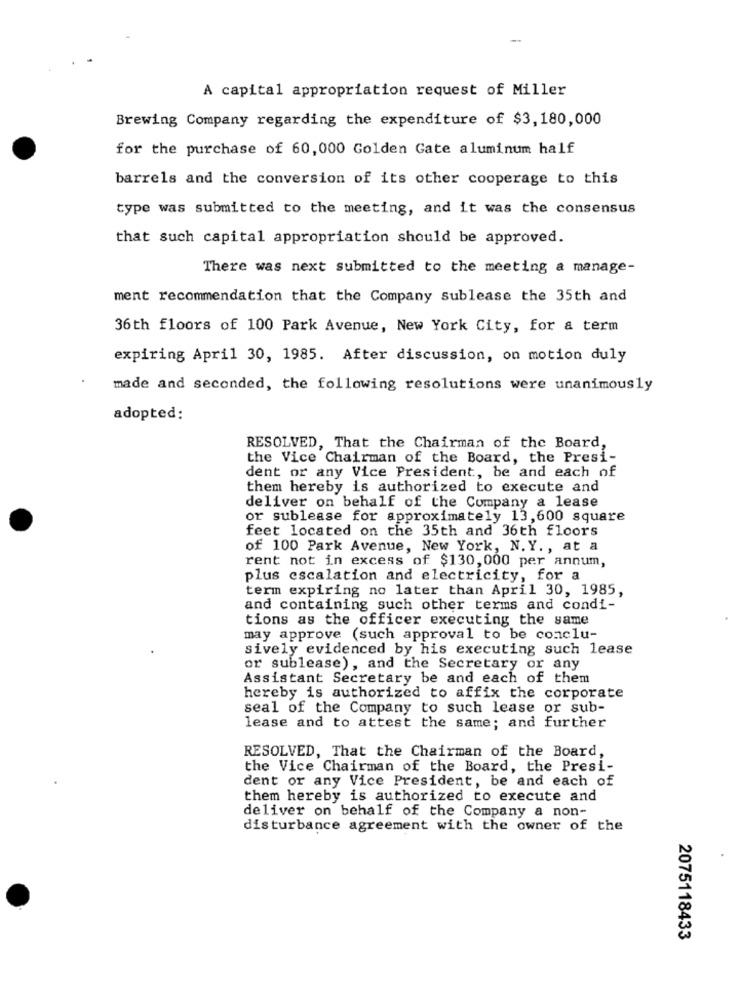
A capital appropriation request of Miller
Brewing Company regarding the expenditure of $3, 180,000
for the purchase of 60, 000 Golden Gate aluminum half
barrels and the conversion of its other cooperage to this
type was submitted to the meeting, and it was the consensus
that such capital appropriation should be approved.
There was next submitted to the meeting a manage-
ment recommendation that the Company sublease the 35th and
36th floors of 100 Park Avenue, New York City, for a term
expiring April 30, 1985. After discussion, on motion duly
made and seconded, the following resolutions were unanimously
adopted:
RESOLVED, That the Chairman of the Board,
the Vice Chairman of the Board, the Presi-
dent or any Vice President, be and each of
them hereby is authorized to execute and
deliver on behalf of the Company a lease
or sublease for approximately 13,600 square
feet located on the 35th and 36th floors
of 100 Park Avenue, New York, N. Y ., at a
rent not in excess of $130,000 per annum,
plus escalation and electricity, for a
term expiring no later than April 30, 1985,
and containing such other terms and condi-
tions as the officer executing the same
may approve (such approval to be conclu-
sively evidenced by his executing such lease
or sublease), and the Secretary or any
Assistant Secretary be and each of them
hereby is authorized to affix the corporate
seal of the Company to such lease or sub-
lease and to attest the same; and further
RESOLVED, That the Chairman of the Board,
the Vice Chairman of the Board, the Presi-
dent or any Vice President, be and each of
them hereby is authorized to execute and
deliver on behalf of the Company a non-
disturbance agreement with the owner of the
2075118433